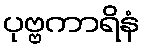
ပုဗ္ဗကာရိနံ